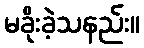
မခိုးခဲ့သနည်း။